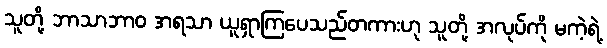
သူတို့ ဘာသာဘာဝ အရသာ ယူရှာကြပေသည်တကားဟု သူတို့ အလုပ်ကို မကဲ့ရဲ့